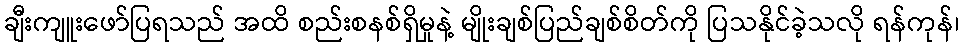
ချီးကျူးဖော်ပြရသည် အထိ စည်းစနစ်ရှိမှုနဲ့ မျိုးချစ်ပြည်ချစ်စိတ်ကို ပြသနိုင်ခဲ့သလို ရန်ကုန်၊